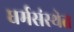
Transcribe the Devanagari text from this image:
धर्मसंस्थेत